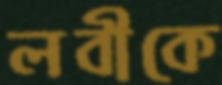
লবীকে